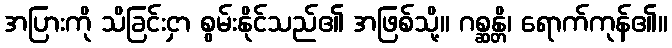
အပြားကို သိခြင်းငှာ စွမ်းနိုင်သည်၏ အဖြစ်သို့။ ဂစ္ဆန္တိ၊ ရောက်ကုန်၏။